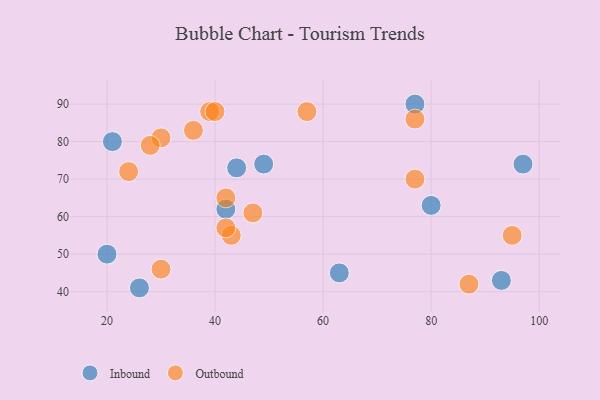
{"axis": {"x": "GDP", "y": "Life Expectancy"}, "legend": ["Inbound", "Outbound"], "data": [{"x": "63", "y": 45, "type": "Inbound"}, {"x": "80", "y": 63, "type": "Inbound"}, {"x": "26", "y": 41, "type": "Inbound"}, {"x": "44", "y": 73, "type": "Inbound"}, {"x": "20", "y": 50, "type": "Inbound"}, {"x": "97", "y": 74, "type": "Inbound"}, {"x": "21", "y": 80, "type": "Inbound"}, {"x": "49", "y": 74, "type": "Inbound"}, {"x": "42", "y": 62, "type": "Inbound"}, {"x": "93", "y": 43, "type": "Inbound"}, {"x": "77", "y": 90, "type": "Inbound"}, {"x": "30", "y": 46, "type": "Outbound"}, {"x": "36", "y": 83, "type": "Outbound"}, {"x": "39", "y": 88, "type": "Outbound"}, {"x": "43", "y": 55, "type": "Outbound"}, {"x": "30", "y": 81, "type": "Outbound"}, {"x": "42", "y": 57, "type": "Outbound"}, {"x": "87", "y": 42, "type": "Outbound"}, {"x": "42", "y": 65, "type": "Outbound"}, {"x": "77", "y": 86, "type": "Outbound"}, {"x": "40", "y": 88, "type": "Outbound"}, {"x": "77", "y": 70, "type": "Outbound"}, {"x": "95", "y": 55, "type": "Outbound"}, {"x": "57", "y": 88, "type": "Outbound"}, {"x": "28", "y": 79, "type": "Outbound"}, {"x": "24", "y": 72, "type": "Outbound"}, {"x": "47", "y": 61, "type": "Outbound"}]}